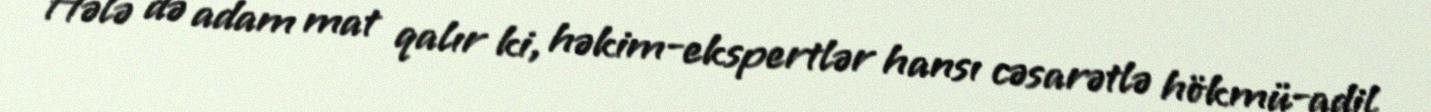
Hələ də adam mat qalır ki, həkim-ekspertlər hansı cəsarətlə hökmü-adil